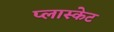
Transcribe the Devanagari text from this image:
प्लास्केट